Scientific memoirs by medical officers of the Army of India - Part X,
Year: 1897
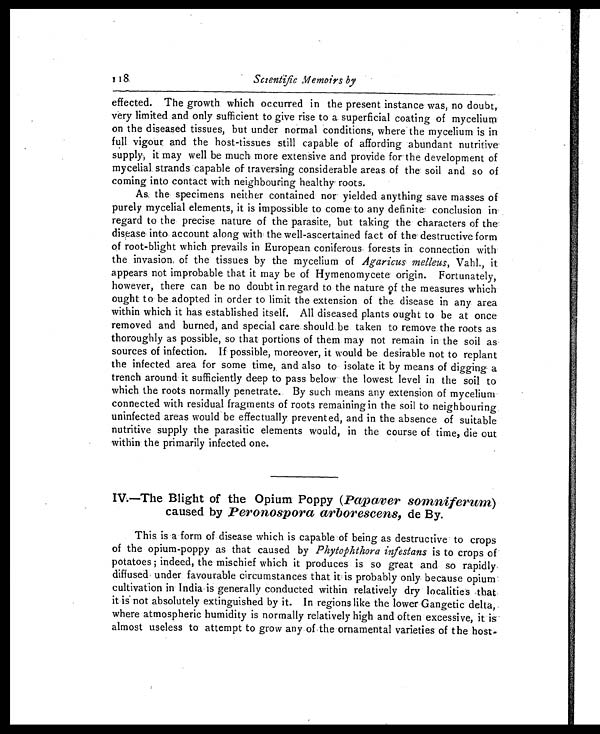
118
Scientific Memoirs by
effected. The growth which occurred in the present instance was, no doubt,
very limited and only sufficient to give rise to a. superficial coating of mycelium
on the diseased tissues, but under normal conditions, where the mycelium is in
full vigour and the host-tissues still capable of affording abundant nutritive
supply, it may well be much more extensive and provide for the development of
mycelial strands capable of traversing considerable areas of the soil and so of
coming into contact with neighbouring healthy roots.
As the specimens neither contained nor yielded anything save masses of
purely mycelial elements, it is impossible to come to any definite conclusion in
regard to the precise nature of the parasite, but taking the characters of the
disease into account along with the well-ascertained fact of the destructive form
of root-blight which prevails in European coniferous forests in connection with
the invasion of the tissues by the mycelium of Agaricus melleus, Vahl., it
appears not improbable that it may be of Hymenomycete origin. Fortunately,
however, there can be no doubt in regard to the nature of the measures which
ought to be adopted in order to limit the extension of the disease in any area
within which it has established itself. All diseased plants ought to be at once
removed and burned, and special care should be taken to remove the roots as
thoroughly as possible, so that portions of them may not remain in the soil as
sources of infection. If possible, moreover, it would be desirable not to replant
the infected area for some time, and also to isolate it by means of digging a
trench around it sufficiently deep to pass below the lowest level in the soil to
which the roots normally penetrate. By such means any extension of mycelium
connected with residual fragments of roots remaining in the soil to neighbouring
uninfected areas would be effectually prevented, and in the absence of suitable
nutritive supply the parasitic elements would, in the course of time, die out
within the primarily infected one.
IV.—The Blight of the Opium Poppy ( Papaver somniferum )
caused by Peronospora arborescens, de By.
This is a form of disease which is capable of being as destructive to crops
of the opium-poppy as that caused by Phytophthora infestans is to crops of
potatoes ; indeed, the mischief which it produces is so great and so rapidly
diffused under favourable circumstances that it is probably only because opium
cultivation in India is generally conducted within relatively dry localities that
it is not absolutely extinguished by it. In regions like the lower Gangetic delta,
where atmospheric humidity is normally relatively high and often excessive, it is
almost useless to attempt to grow any of the ornamental varieties of the host-